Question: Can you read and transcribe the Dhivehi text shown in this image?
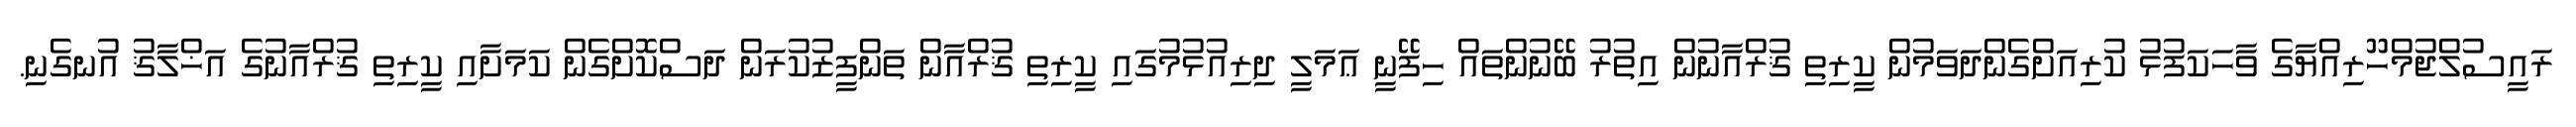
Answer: ރައީސުލްޖުމްހޫރިއްޔާގެ ވާހަކަފުޅު ކުރިއަށްގެންދަވަމުން ކީރިތި ޤުރްއާނުން އިތުރު ބޭނުންތައް ހިފޭނީ ޢަމަލީ ދިރިއުޅުމުގައި ކީރިތި ޤުރްއާން ތަންފީޒުކުރަން ދަސްކޮށްގެން ކަމަށާއި ކީރިތި ޤުރްއާނުގެ އަޚްލާޤު އުނގެނި.